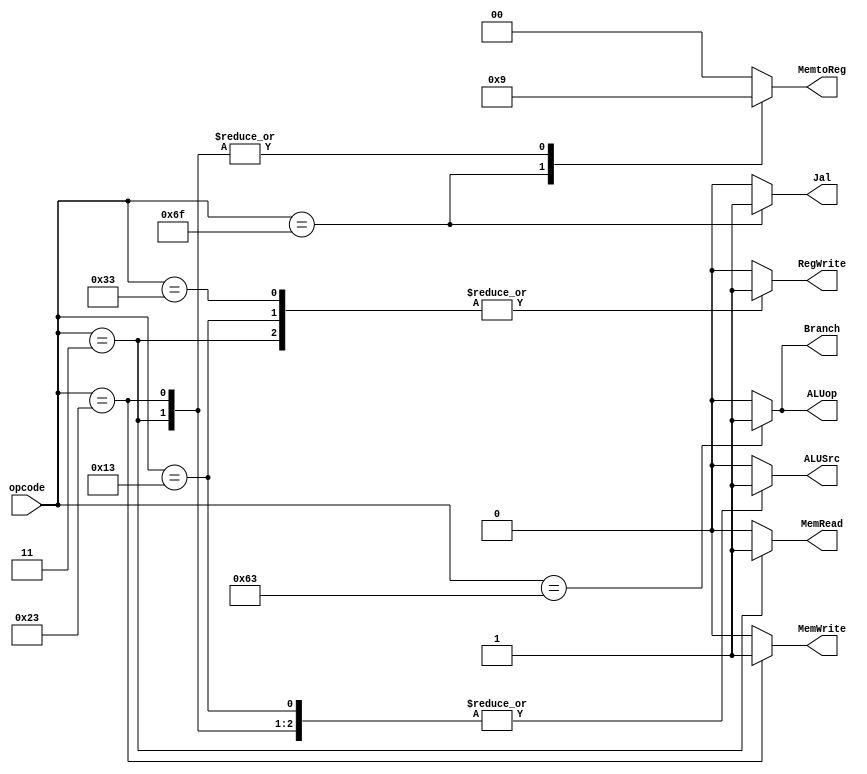
`timescale 1ns / 1ps

module Control(
    input [6 : 0] opcode,
    output reg ALUop,
    output reg [1 : 0] MemtoReg, 
    output reg Jal ,
    output reg ALUSrc ,
    output reg Branch ,
    output reg MemWrite , 
    output reg RegWrite ,
    output reg MemRead 

);

always @(*) begin
    case(opcode)
    //addi
        7'b0010011 : begin
            Jal = 0;
            Branch = 0;
            MemtoReg = 2'b00;
            ALUop = 0;
            MemWrite = 0;
            ALUSrc = 1;
            RegWrite = 1;
            MemRead = 0 ;
            
        end 

    //ADD 
        7'b0110011 : begin
                Jal = 0;
                Branch = 0;
                MemtoReg = 2'b00;
                ALUop = 0;
                MemWrite = 0;        
                ALUSrc = 0;
            MemRead = 0 ;
                RegWrite = 1;
        end

    //Jal
        7'b1101111 : begin
            Jal = 1;
            Branch = 0;
            MemtoReg = 2'b10;
            ALUop = 0;
            MemWrite = 0;           
            MemRead = 0 ;
            ALUSrc = 0;
            RegWrite = 0;           
        end
    
    //Beq 
        7'b1100011 : begin
                Jal = 0;
                Branch = 1;
            MemRead = 0 ;
                MemtoReg = 2'b00;
                ALUop = 1;
                MemWrite = 0;                
                ALUSrc = 0;
                RegWrite = 0;                
        end

    //Lw
        7'b0000011 : begin
            Jal = 0;
            Branch = 0;
            MemRead = 1 ;
            MemtoReg = 2'b01;
            ALUop = 0;
            MemWrite = 0;           
            ALUSrc = 1;
            RegWrite = 1;
        end

    //Sw
        7'b0100011 : begin
            Jal = 0;
            Branch = 0;
            MemRead = 0 ;
            MemtoReg = 2'b01;
            ALUop = 0;//add
            MemWrite = 1;            
            ALUSrc = 1;
            RegWrite = 0;            
        end

    //Default
        default : begin
            Jal = 0;
            Branch = 0;
            MemtoReg = 2'b00;
            ALUop = 0;//add
            MemWrite = 0; 
                      MemRead = 0 ;  
            ALUSrc = 0;
            RegWrite = 0;           
        end

    endcase
end

endmodule //Control